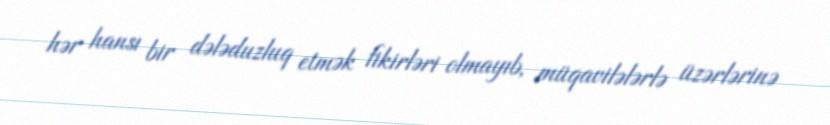
hər hansı bir dələduzluq etmək fikirləri olmayıb, müqavilələrlə üzərlərinə